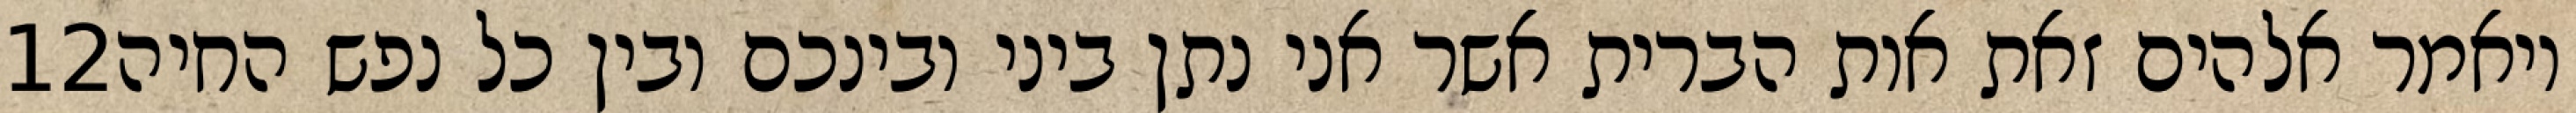
‎12‏ ויאמר אלהים זאת אות הברית אשר אני נתן ביני ובינכם ובין כל נפש החיה